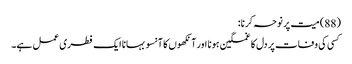
(88) میت پر نوحہ کرنا:
کسی کی وفات پر دل کا غمگین ہونا اور آنکھوں کا آنسو بہانا ایک فطری عمل ہے۔